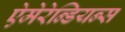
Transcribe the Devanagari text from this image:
ऐमेरेन्डियन्स